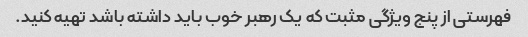
فهرستی از پنج ویژگی مثبت که یک رهبر خوب باید داشته باشد تهیه کنید.